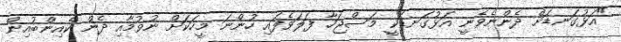
"އަޅުގަނޑަށް ދެންނެވެނީ އަޅުގަނޑަކީ މަސްޖަހާ ފަލަވެފައި ހުންނަ މީހަކަށް ނުވުމާއި ދެން ކެއިންބުއިން